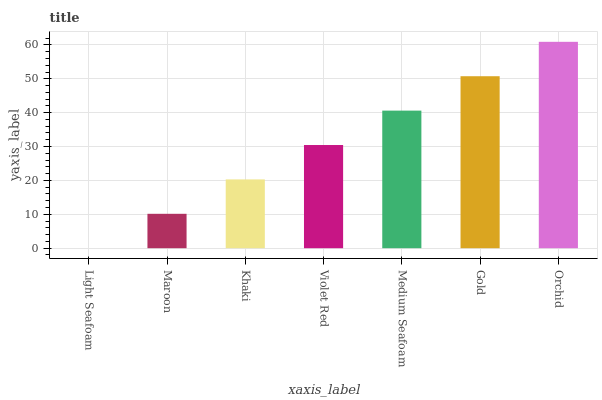
| xaxis_label | bars |
 | --- | --- |
 | Light Seafoam | 0 |
 | Maroon | 10.2 |
 | Khaki | 20.3 |
 | Violet Red | 30.5 |
 | Medium Seafoam | 40.6 |
 | Gold | 50.8 |
 | Orchid | 60.9 |